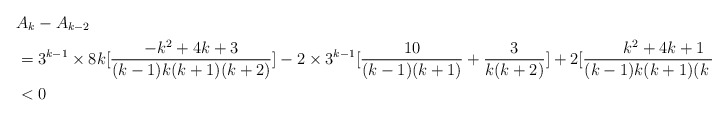
\begin{align*}&A_{k}-A_{k-2}\\&=3^{k-1}\times8k[\frac{-k^{2}+4k+3}{(k-1)k(k+1)(k+2)}]-2\times3^{k-1}[\frac{10}{(k-1)(k+1)}+\frac{3}{k(k+2)}]+2[\frac{k^{2}+4k+1}{(k-1)k(k+1)(k+2)}]\\&<0\end{align*}